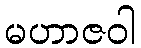
မဟာဇဝါ